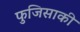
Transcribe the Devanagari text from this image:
फुजिसाकी